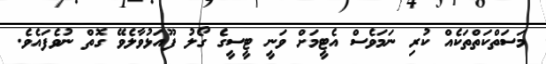
މަސަތްކަތްތަކެއް ކުރި ނަމަވެސް އެޓީމަށް ވަނީ ޓީސީގެ ގޯލު ފޫއަޅުވާލެވޭ ގޮތް ނުވެފައެވެ.